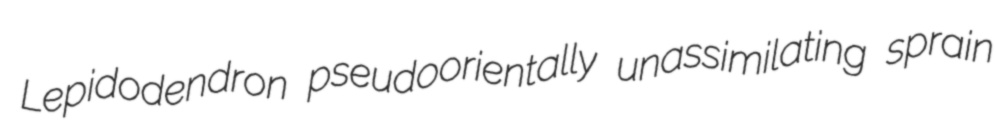
Lepidodendron pseudoorientally unassimilating sprain